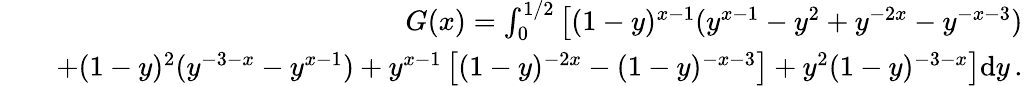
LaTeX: \begin{array}{rlr}&{}&{G(x)=\int_{0}^{1/2}\left[(1-y)^{x-1}(y^{x-1}-y^{2}+y^{-2x}-y^{-x-3})\right.}\\ &{}&{\left.+(1-y)^{2}(y^{-3-x}-y^{x-1})+y^{x-1}\left[(1-y)^{-2x}-(1-y)^{-x-3}\right]+y^{2}(1-y)^{-3-x}\right]\mathrm{d}y\, .}\end{array}